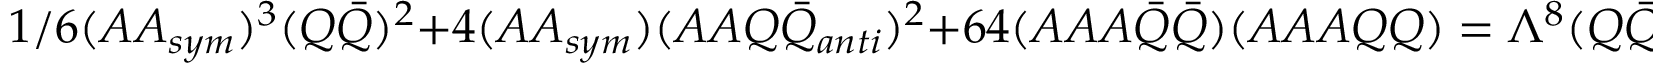
1 / 6 ( A A _ { s y m } ) ^ { 3 } ( Q { \bar { Q } } ) ^ { 2 } + 4 ( A A _ { s y m } ) ( A A Q { \bar { Q } } _ { a n t i } ) ^ { 2 } + 6 4 ( A A A { \bar { Q } } { \bar { Q } } ) ( A A A Q Q ) = \Lambda ^ { 8 } ( Q { \bar { Q } } )